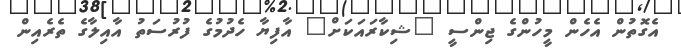
އެގޮތުން އެހެން މީހުންގެ ޖިންސީ "ޝިކާރައަކަށް" އާފިޔާ ހެދުމުގެ ފުރުސަތު އާއިލާގެ ތެރެއިން